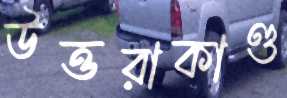
উত্তরাকাণ্ড